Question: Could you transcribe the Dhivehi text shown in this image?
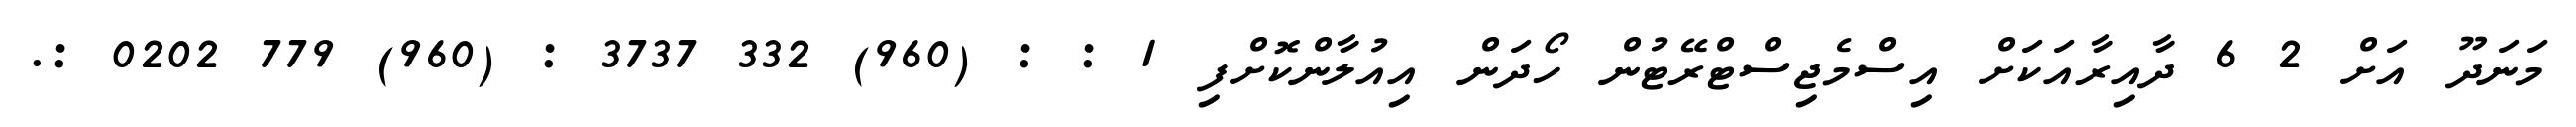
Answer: މަނަދޫ އަށް 2 6 ދާއިރާއަކަށް އިސްމެޖިސްޓްރޭޓުން ހޯދަން އިއުލާންކޮށްފި 1 : : (960) 332 3737 : (960) 779 0202 :.